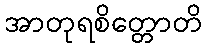
အာတုရစိတ္တောတိ